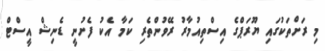
މި ރަށްތަކުގައި ޔޫރަޕްގެ އިސްތިއުމާރު ރޭވުންތެރި ކަމާ އެކު ފެށުނީ ޑެނިޝް އީސްޓް